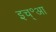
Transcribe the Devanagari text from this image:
इच्॰आ